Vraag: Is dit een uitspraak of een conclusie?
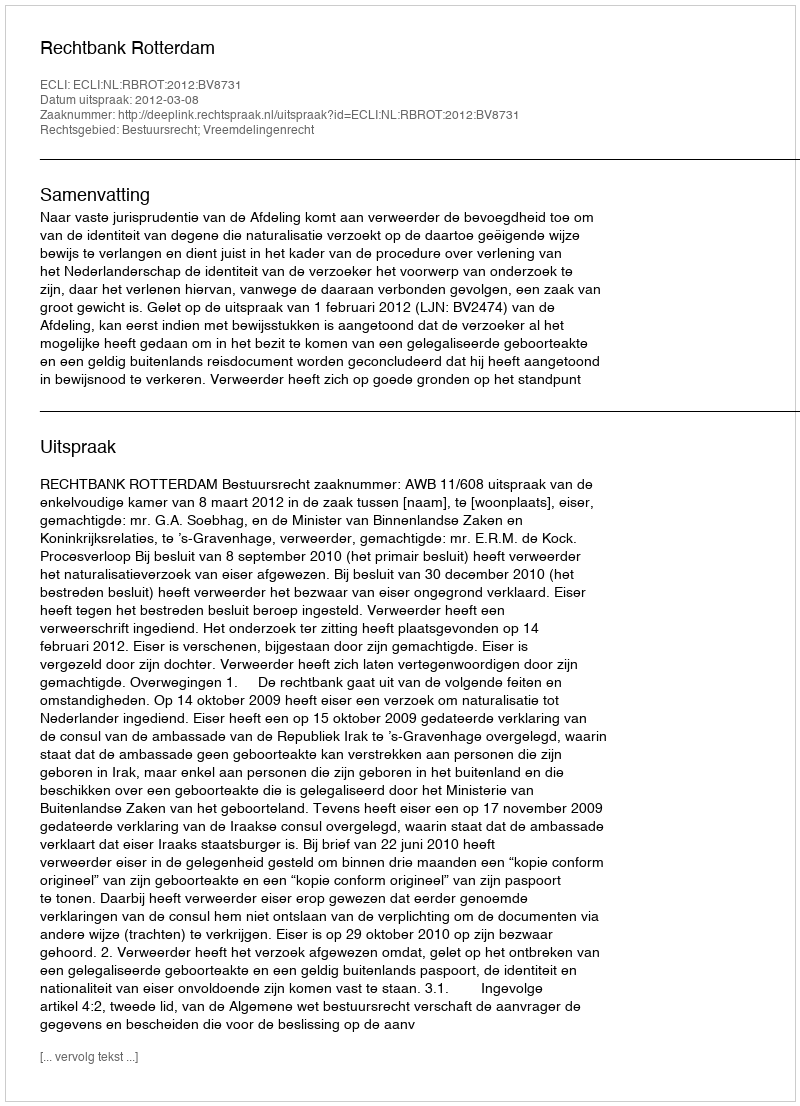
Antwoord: Uitspraak